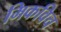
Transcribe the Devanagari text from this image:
मिकविच